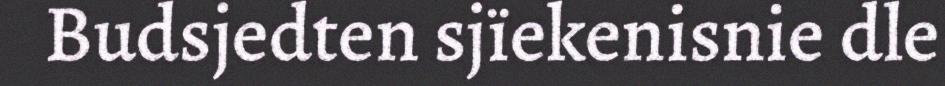
Budsjedten sjïekenisnie dle